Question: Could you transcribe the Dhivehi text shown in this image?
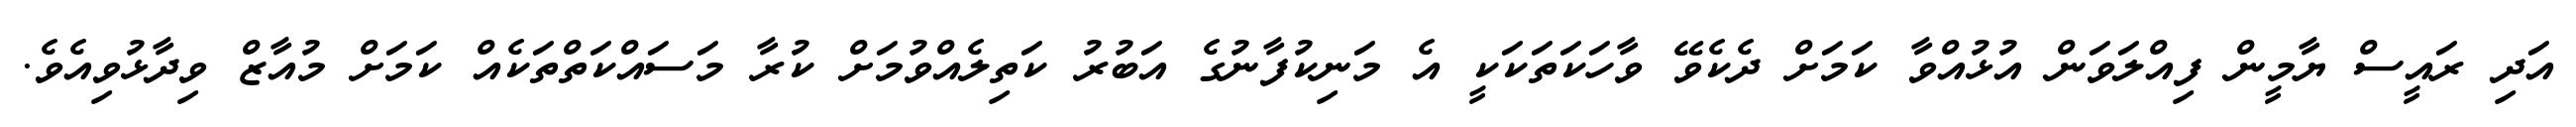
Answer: އަދި ރައީސް ޔާމީން ފިއްލަވަން އުޅުއްވާ ކަމަށް ދެކެވޭ ވާހަކަތަކަކީ އެ މަނިކުފާނުގެ އަބުރު ކަތިލެއްވުމަށް ކުރާ މަސައްކަތްތަކެއް ކަމަށް މުއާޒް ވިދާޅުވިއެވެ.